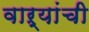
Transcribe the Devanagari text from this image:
वाऱ्यांची